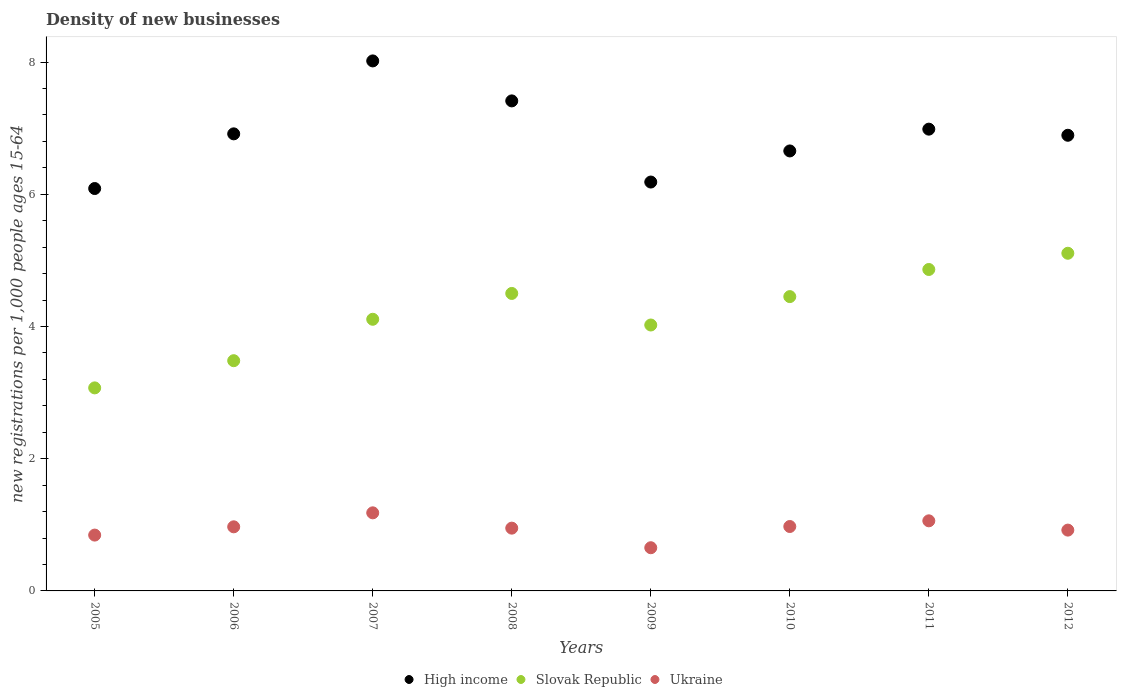
| Years | High income | Slovak Republic | Ukraine |
 | --- | --- | --- | --- |
 | 2005 | 6.09 | 3.07 | 0.845 |
 | 2006 | 6.91 | 3.48 | 0.97 |
 | 2007 | 8.02 | 4.11 | 1.18 |
 | 2008 | 7.41 | 4.5 | 0.95 |
 | 2009 | 6.19 | 4.02 | 0.653 |
 | 2010 | 6.66 | 4.45 | 0.974 |
 | 2011 | 6.99 | 4.86 | 1.06 |
 | 2012 | 6.89 | 5.11 | 0.92 |